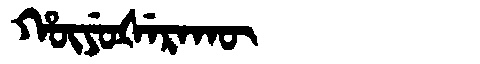
Manchu: ᡥᡡᠶᡠᡧᡝᡵᠠᡴᡡ
Romanization: HŪYUŠERAKŪ